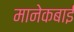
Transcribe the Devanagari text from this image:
मानेकबाई